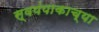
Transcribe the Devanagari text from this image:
स्वयंपाकाच्या